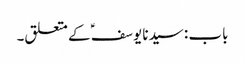
باب : سیدنا یوسفؑ کے متعلق۔